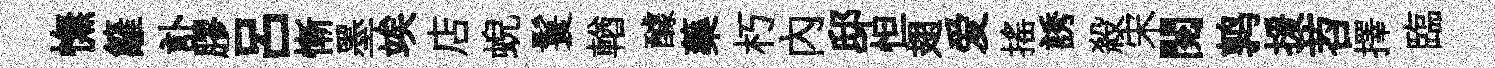
憮籬訃膠吕慚墨竢店蜺鬟輶醵藥朽内邸怛翅爱摇誘殺宋閲鹑援苕擇臨